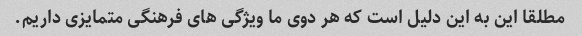
مطلقا این به این دلیل است که هر دوی ما ویژگی های فرهنگی متمایزی داریم.